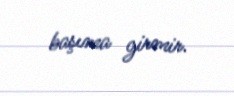
başıma girmir.